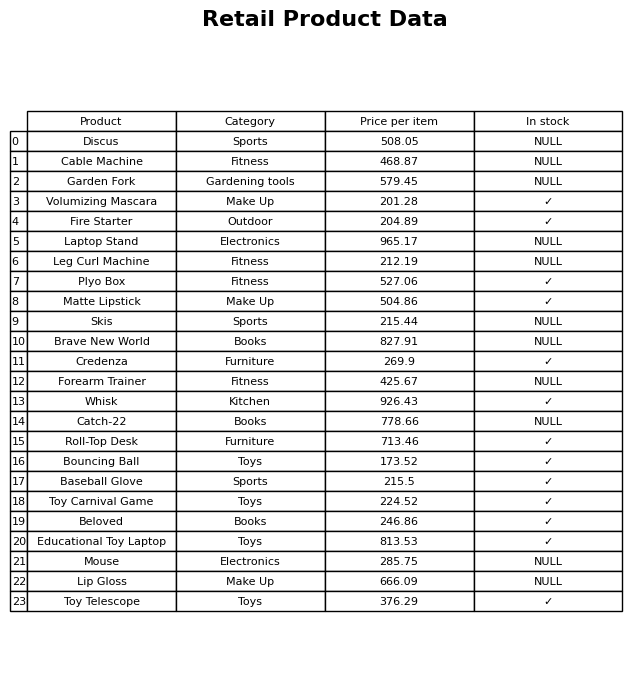
question: Which products are currently out of stock?
answer: Discus, Cable Machine, Garden Fork, Laptop Stand, Leg Curl Machine, Skis, Brave New World, Forearm Trainer, Catch-22, Mouse, Lip Gloss